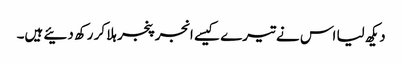
دیکھ لیا اس نے تیرے کیسے انجر پنجر ہلا کر رکھ دئیے ہیں۔